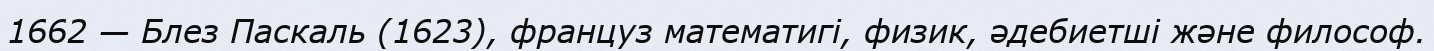
1662 — Блез Паскаль (1623), француз математигі, физик, әдебиетші және философ.